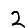
Digit: 2